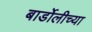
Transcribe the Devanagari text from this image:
बार्डोलीच्या